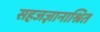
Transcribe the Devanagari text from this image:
सहजज्ञानाश्रित